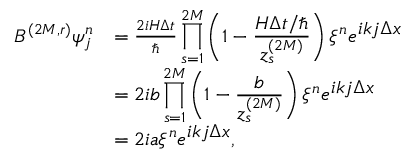
\begin{array} { r l } { B ^ { ( 2 M , r ) } \psi _ { j } ^ { n } } & { = \frac { 2 i H \Delta t } { \hbar } \displaystyle \prod _ { s = 1 } ^ { 2 M } \left( 1 - \frac { H \Delta t / \hbar } { z _ { s } ^ { ( 2 M ) } } \right) \xi ^ { n } e ^ { \textstyle i k j \Delta x } } \\ & { = 2 i b \displaystyle \prod _ { s = 1 } ^ { 2 M } \left( 1 - \frac { b } { z _ { s } ^ { ( 2 M ) } } \right) \xi ^ { n } e ^ { \textstyle i k j \Delta x } } \\ & { = 2 i a \xi ^ { n } e ^ { \textstyle i k j \Delta x } , } \end{array}